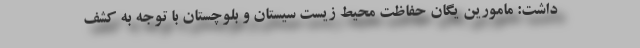
داشت: مامورین یگان حفاظت محیط زیست سیستان و بلوچستان با توجه به کشف